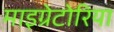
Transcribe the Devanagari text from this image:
माइग्रेटोरिया